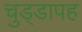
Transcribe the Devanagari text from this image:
चुड्डापह